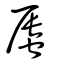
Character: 蜃